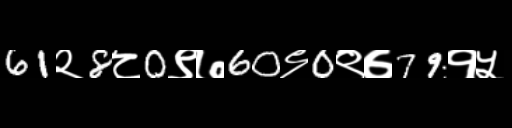
Text: 61२8८0९७60९0९७79१५